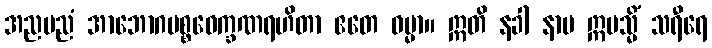
အညမညံ အာဘောဂပစ္စဝေက္ခဏရဟိတာ ဧတေ ဓမ္မာ။ ဣတိ နခါ နာမ ဣမသ္မိံ သရီရေ